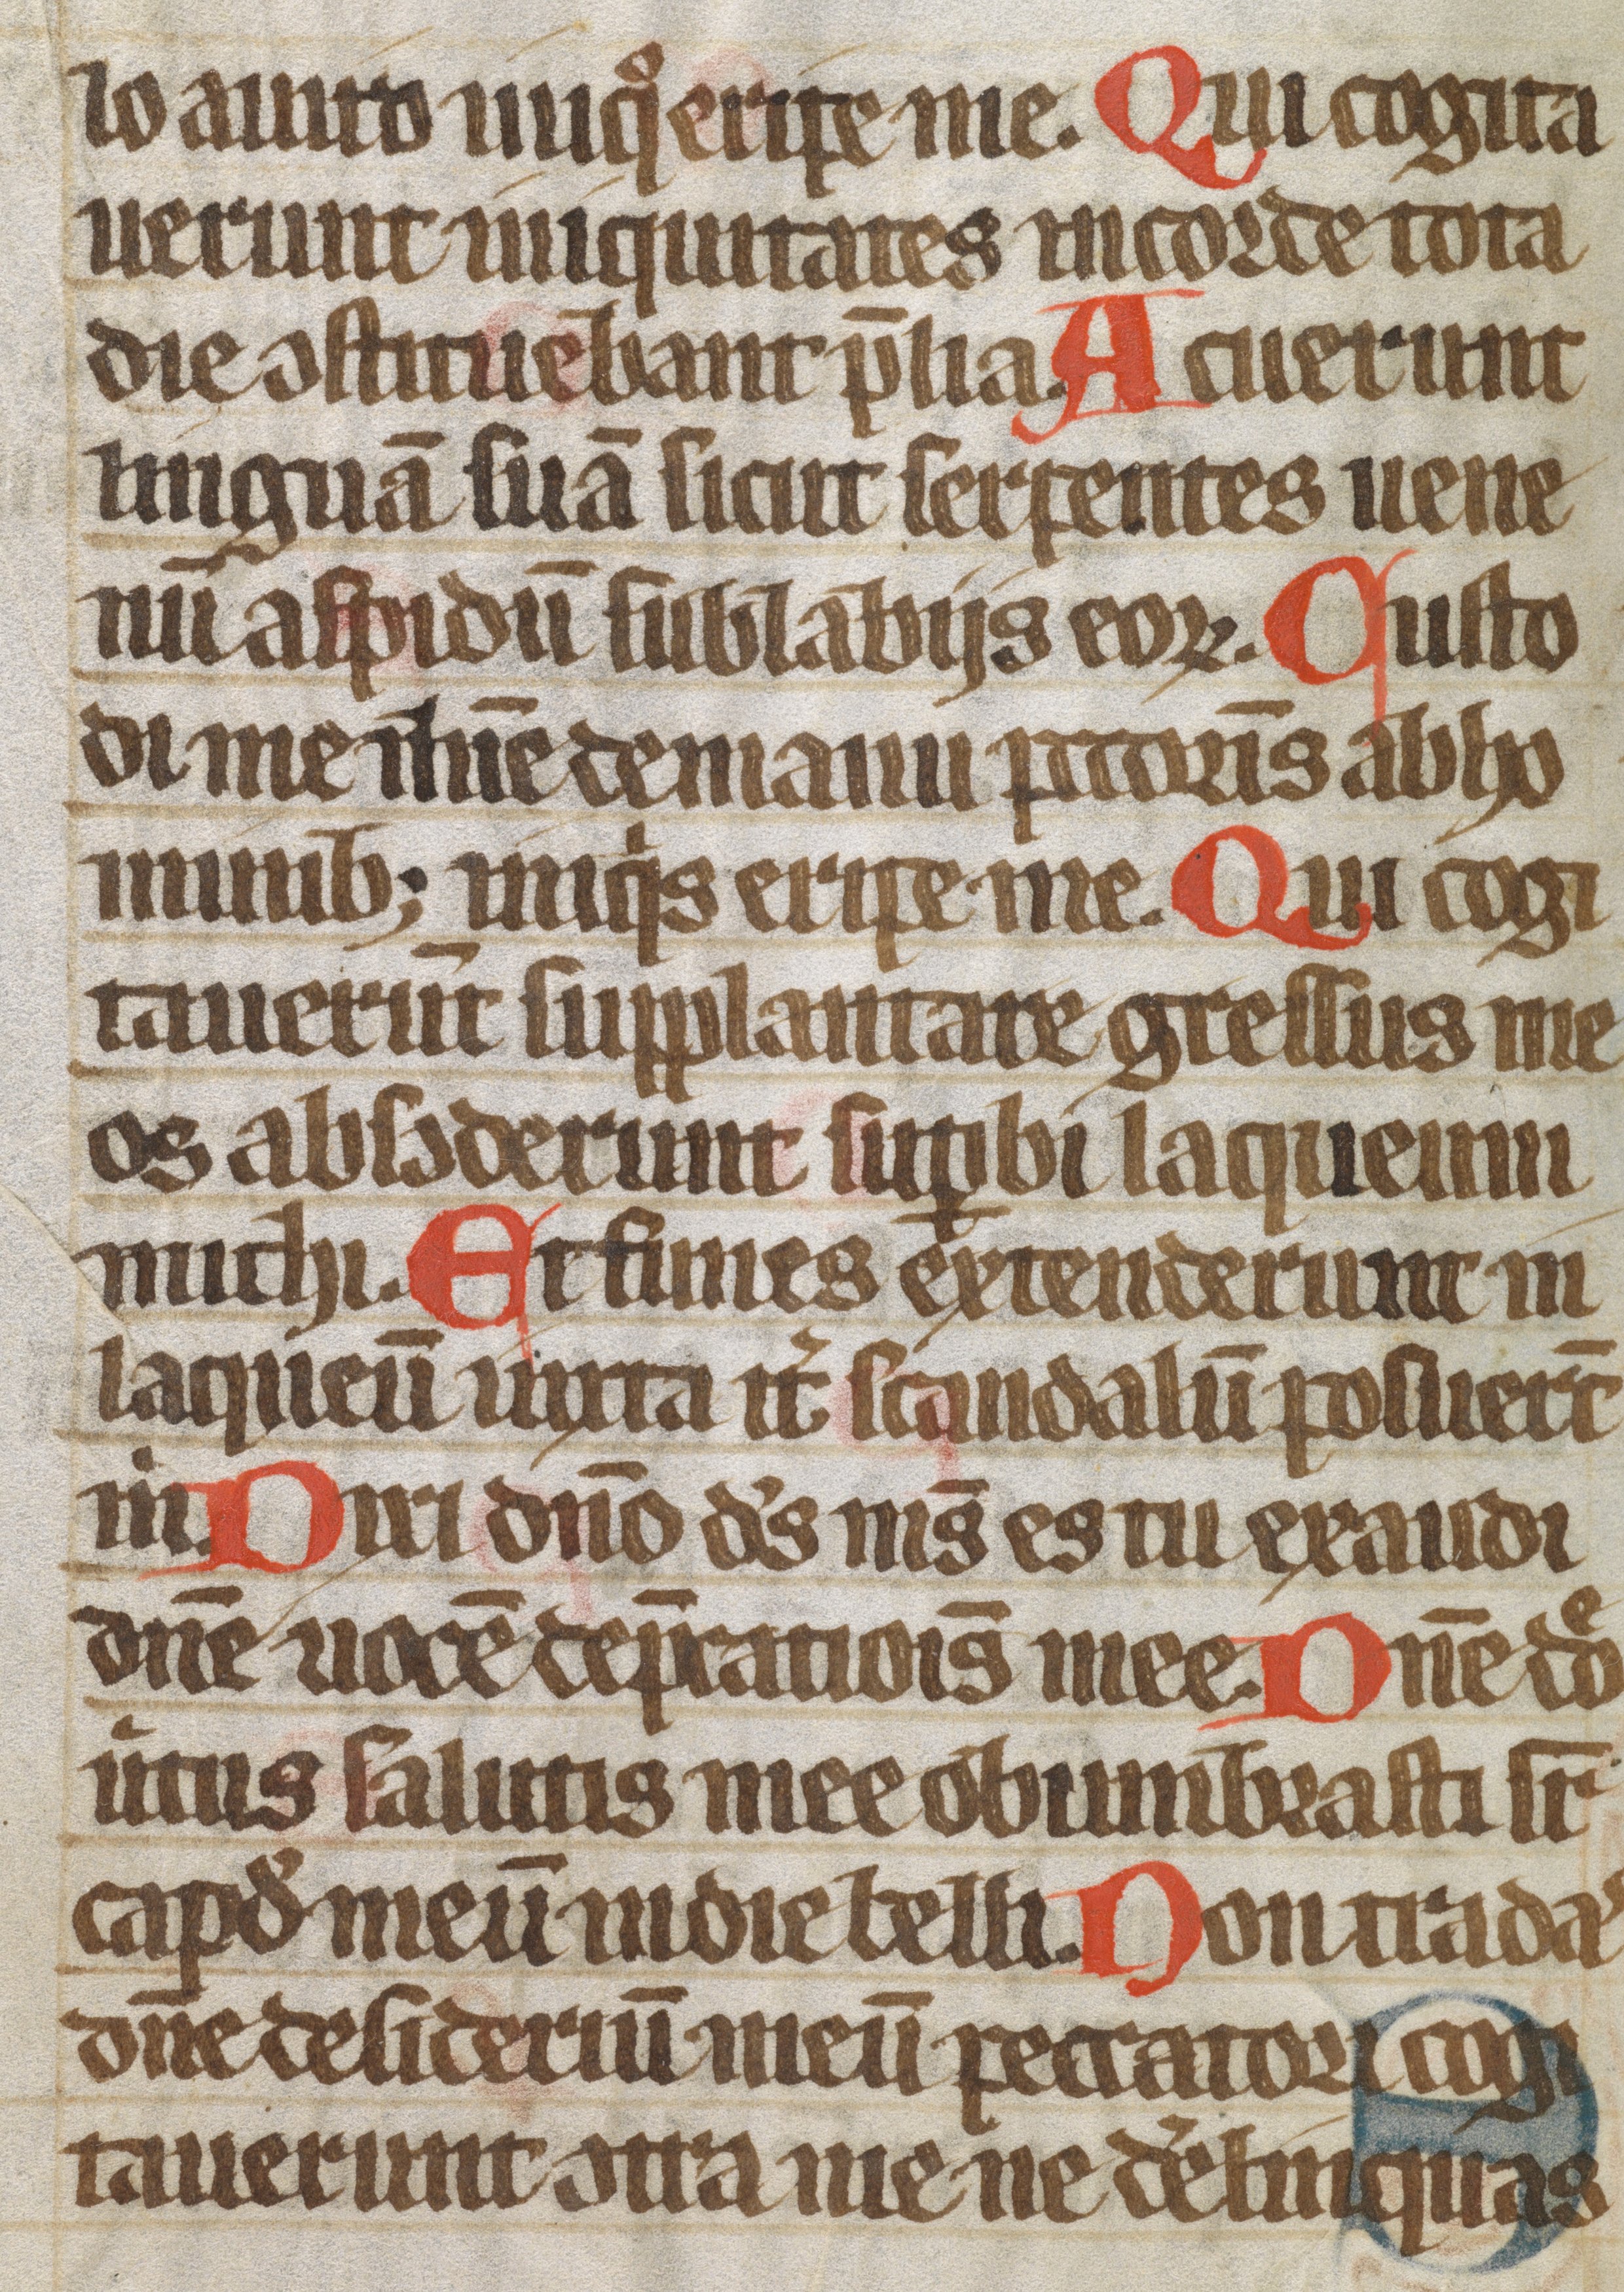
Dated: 1300–1399